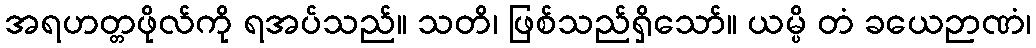
အရဟတ္တဖိုလ်ကို ရအပ်သည်။ သတိ၊ ဖြစ်သည်ရှိသော်။ ယမ္ပိ တံ ခယေဉာဏံ၊